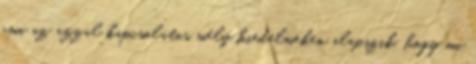
ami az azzal kapcsolatos mély hiedelmeken alapszik, hogy mi